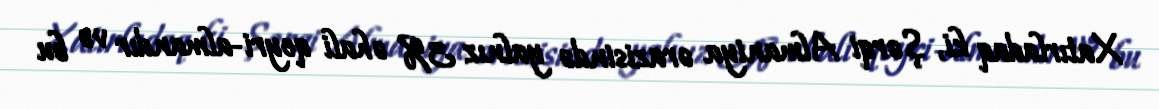
Xatırladaq ki, Şərqi Almaniya ərazisində yalnız 3% əhali qeyri-almandır və bu